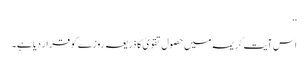
‘‘
اس آیتِ کریمہ میں حصولِ تقویٰ کا ذریعہ روزے کو قرار دیا ہے۔